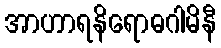
အာဟာရနိရောဓဂါမိနီ